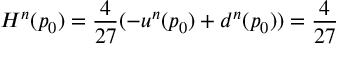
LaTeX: H ^ { n } ( p _ { 0 } ) = \frac { 4 } { 2 7 } ( - u ^ { n } ( p _ { 0 } ) + d ^ { n } ( p _ { 0 } ) ) = \frac { 4 } { 2 7 }